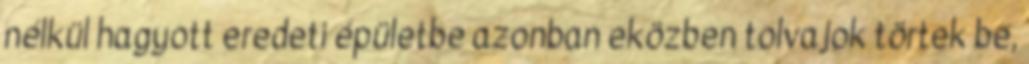
nélkül hagyott eredeti épületbe azonban eközben tolvajok törtek be,